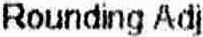
ROUNDING ADJ